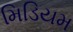
મિડિયમ